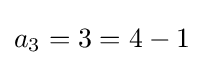
a_{3}=3=4-1